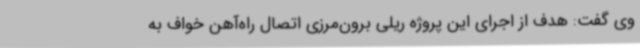
وی گفت: هدف از اجرای این پروژه ریلی برون‌مرزی اتصال راه‌آهن خواف به